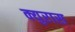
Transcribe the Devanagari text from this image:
क्युरास